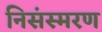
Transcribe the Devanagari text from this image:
निसंस्मरण